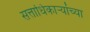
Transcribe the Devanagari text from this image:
सत्ताधिकाऱ्यांच्या